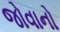
જોવાનો